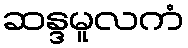
ဆန္ဒမူလကံ